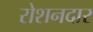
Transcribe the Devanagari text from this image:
रोशनदार